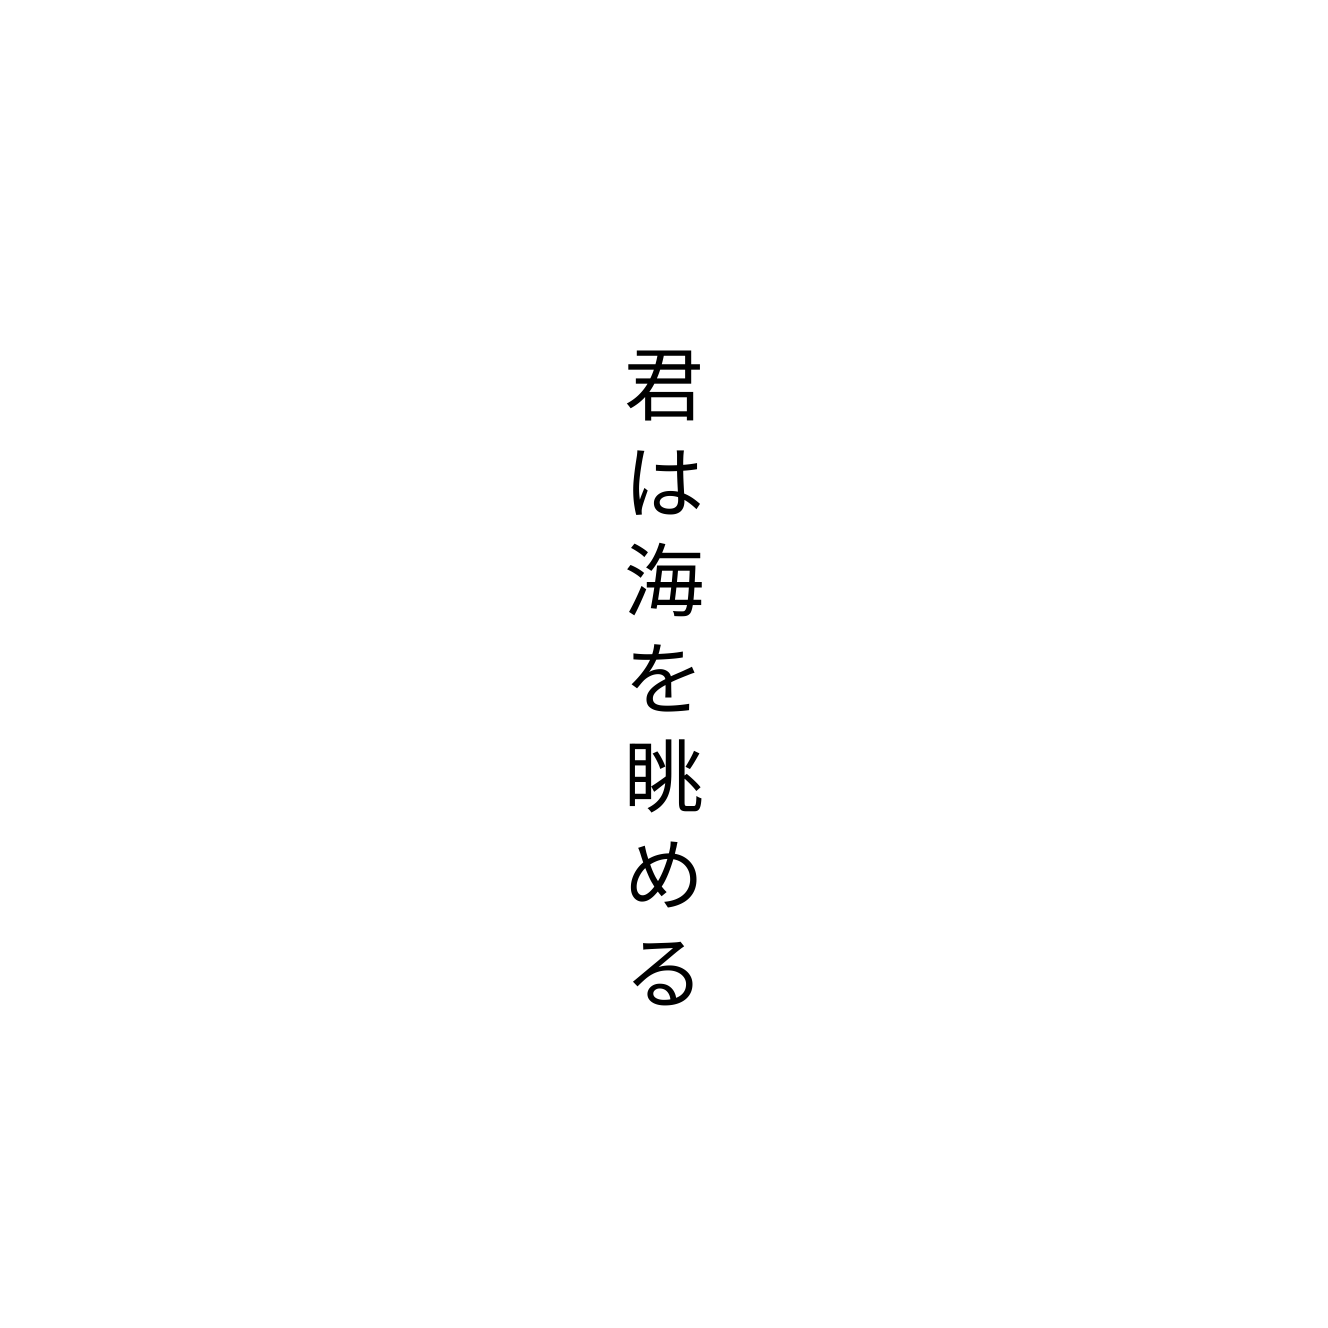
君は海を眺める